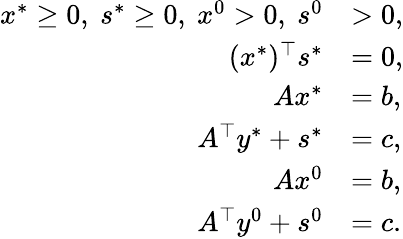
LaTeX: \begin{array}{rl}{x^{*}\geq 0,~s^{*}\geq 0,~x^{0}>0,~s^{0}}&{>0,}\\ {(x^{*})^{\top}s^{*}}&{=0,}\\ {Ax^{*}}&{=b,}\\ {A^{\top}y^{*}+s^{*}}&{=c,}\\ {Ax^{0}}&{=b,}\\ {A^{\top}y^{0}+s^{0}}&{=c.}\end{array}